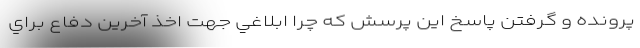
پرونده و گرفتن پاسخ اين پرسش كه چرا ابلاغي جهت اخذ آخرين دفاع براي